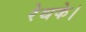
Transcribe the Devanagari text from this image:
रेथके।